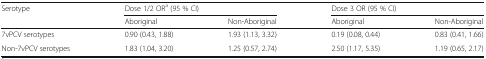
<table><thead><tr><td rowspan="2"><b>Serotype</b></td><td colspan="2"><b>Dose 1/2 OR<sup>a</sup> (95 % CI)</b></td><td colspan="2"><b>Dose 3 OR (95 % CI)</b></td></tr><tr><td><b>Aboriginal</b></td><td><b>Non-Aboriginal</b></td><td><b>Aboriginal</b></td><td><b>Non-Aboriginal</b></td></tr></thead><tbody><tr><td>7vPCV serotypes</td><td>0.90 (0.43, 1.88)</td><td>1.93 (1.13, 3.32)</td><td>0.19 (0.08, 0.44)</td><td>0.83 (0.41, 1.66)</td></tr><tr><td>Non-7vPCV serotypes</td><td>1.83 (1.04, 3.20)</td><td>1.25 (0.57, 2.74)</td><td>2.50 (1.17, 5.35)</td><td>1.19 (0.65, 2.17)</td></tr></tbody></table>